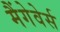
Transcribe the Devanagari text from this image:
मैंगेवेर्स